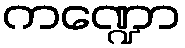
ကဏ္ဍော